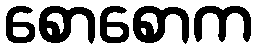
စောစောက